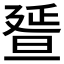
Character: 𣇇